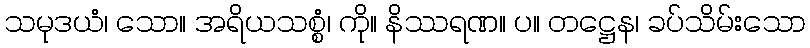
သမုဒယံ၊ သော။ အရိယသစ္စံ၊ ကို။ နိဿရဏ။ ပ။ တဋ္ဌေန၊ ခပ်သိမ်းသော